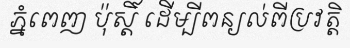
ភ្នំពេញ ប៉ុស្តិ៍ ដើម្បីពន្យល់ពីប្រវត្តិ